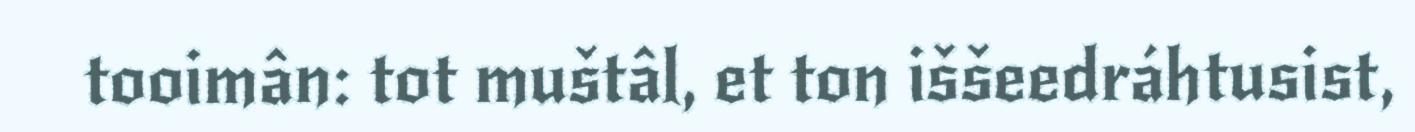
tooimân: tot muštâl, et ton iššeedráhtusist,